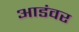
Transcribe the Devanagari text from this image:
आडंवर